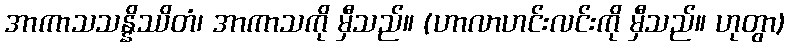
အာကာသသန္နိဿိတံ၊ အာကာသကို မှီသည်။ (ဟာလာဟင်းလင်းကို မှီသည်။ ဟုတွာ)